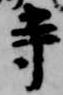
寺